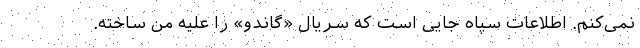
نمی‌کنم. اطلاعات سپاه جایی است که سریال «گاندو» را علیه من ساخته.